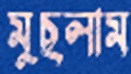
মুছলাম